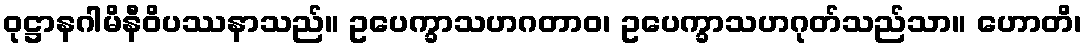
ဝုဋ္ဌာနဂါမိနီဝိပဿနာသည်။ ဥပေက္ခာသဟဂတာဝ၊ ဥပေက္ခာသဟဂုတ်သည်သာ။ ဟောတိ၊